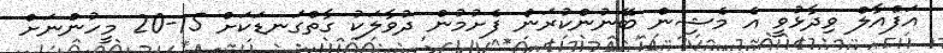
އަފްއާލް ވިދާޅުވީ އެ މެޝިން ބޭނުންކުރަން ފެށުމުން ދުވާލަކު ގާތްގަނޑަކަށް 15-20 މީހުންނަށް